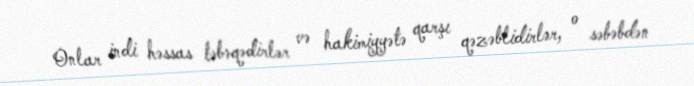
Onlar indi həssas təbəqədirlər və hakimiyyətə qarşı qəzəblidirlər, o səbəbdən